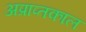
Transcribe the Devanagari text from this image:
अप्राप्तकाल